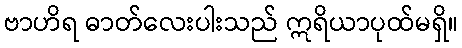
ဗာဟိရ ဓာတ်လေးပါးသည် ဣရိယာပုထ်မရှိ။